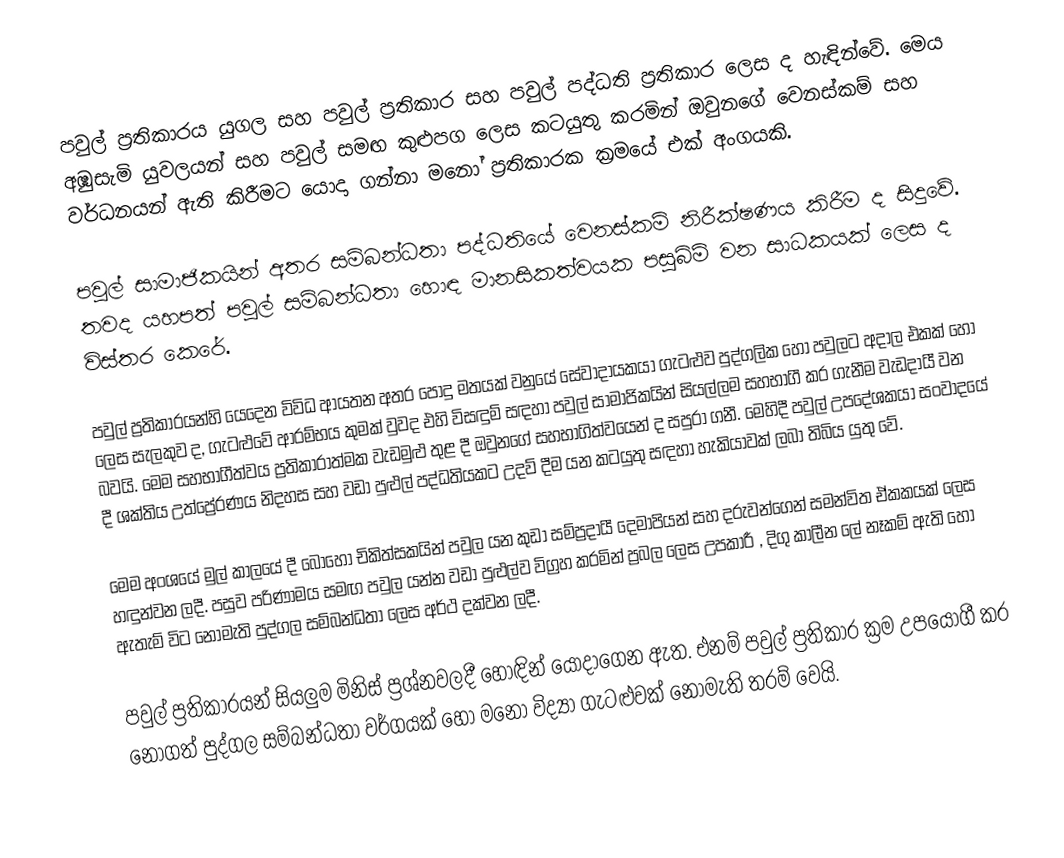
පවුල් ප්‍රතිකාරය යුගල සහ පවුල් ප්‍රතිකාර සහ පවුල් පද්ධති ප්‍රතිකාර ලෙස ද හැඳින්වේ. මෙය අඹුසැමි යුවලයන් සහ පවුල් සමඟ කුළුපග ලෙස කටයුතු කරමින් ඔවු‍නගේ වෙනස්කම් සහ වර්ධනයන් ඇති කිරීමට යොදා ගන්නා මනෝ ප්‍රතිකාරක ක්‍රමයේ එක් අංගයකි.

පවුල් සාමාජිකයින් අතර සම්බන්ධතා පද්ධතියේ වෙනස්කම් නිරීක්ෂණය කිරීම ද සිදුවේ. තවද යහපත් පවුල් සම්බන්ධතා හොඳ මානසිකත්වයක පසුබිම් වන සාධකයක් ලෙස ද විස්තර කෙරේ.

පවුල් ප්‍රතිකාරයන්හි යෙදෙන විවිධ ආයතන අතර පොදු මතයක් වනුයේ සේවාදායකයා ගැටළුව පුද්ගලික හෝ පවුලට අදාල එකක් හෝ ලෙස සැලකුව ද, ගැටළුවේ ආරම්භය කුමක් වුවද එහි විසඳුම් සඳහා පවුල් සාමාජිකයින් සියල්ලම සහභාගී කර ගැනීම වැඩදායී වන බවයි. මෙම සහභාගීත්වය ප්‍රතිකාරාත්මක වැඩමුළු තුළ දී ඔවු‍නගේ සහභාගිත්වයෙන් ද සපුරා ගනී. මෙහිදී පවුල් උපදේශකයා සංවාදයේ දී ශක්තිය උත්ප්‍රේරණය නිදහස සහ වඩා පුළුල් පද්ධතියකට උදව් දීම යන කටයුතු සඳහා හැකියාවක් ලබා තිබිය යුතු වේ.

මෙම අංශයේ මුල් කාලයේ දී බොහෝ චිකිත්සකයින් පවුල යන කුඩා සම්ප්‍රදායී දෙමාපියන් සහ දරුවන්ගෙන් සමන්විත ඒකකයක් ලෙස හඳුන්වන ලදී. පසුව පරිණාමය සමඟ පවුල යන්න වඩා පුළුල්ව විග්‍රහ කරමින් ප්‍රබල ලෙස උපකාරී , දිගු කාලීන ලේ නෑකම් ඇති හෝ ඇතැම් විට නොමැති පුද්ගල සම්බන්ධතා ලෙස අර්ථ දක්වන ලදී.

පවුල් ප්‍රතිකාරයන් සියලුම මිනිස් ප්‍රශ්නවලදී හොඳින් යොදාගෙන ඇත. එනම් පවුල් ප්‍රතිකාර ක්‍රම උපයෝගී කර නොගත් පුද්ගල සම්බන්ධතා වර්ගයක් හෝ මනෝ විද්‍යා ගැටළුවක් නොමැති තරම් වෙයි.